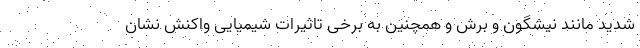
شدید مانند نیشگون و برش و همچنین به برخی تاثیرات شیمیایی واکنش نشان